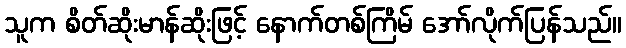
သူက စိတ်ဆိုးမာန်ဆိုးဖြင့် နောက်တစ်ကြိမ် အော်လိုက်ပြန်သည်။